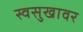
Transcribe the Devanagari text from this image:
स्वसुखावर